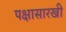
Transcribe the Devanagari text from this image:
पक्षासारखी